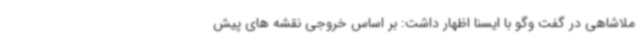
ملاشاهی در گفت وگو با ایسنا اظهار داشت: بر اساس خروجی نقشه های پیش